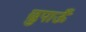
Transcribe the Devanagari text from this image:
छुपाऊँ